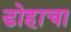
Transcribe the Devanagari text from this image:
डोहाचा